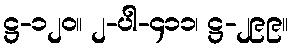
ဋ္ဌ-၁၂၀။ ၂-ပါ-၄၁၁၊ ဋ္ဌ-၂၉၉။